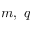
m , \ q